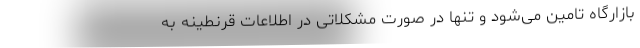
بازارگاه تامین می‌شود و تنها در صورت مشکلاتی در اطلاعات قرنطینه به